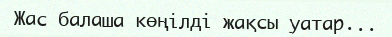
Жас балаша көңілді жақсы уатар...